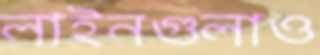
লাইনগুলাও